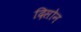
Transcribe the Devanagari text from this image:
दिसोन